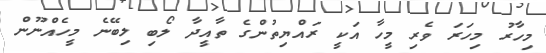
މިހާރު މިހަރަ ވެރި މީހާ އަކީ ރައްޔިތުންގެ ތާއީދާ ލޯބި ލިބޭނެ މީހެއްނޫން